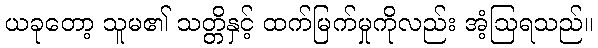
ယခုတော့ သူမ၏ သတ္တိနှင့် ထက်မြက်မှုကိုလည်း အံ့ဩရသည်။